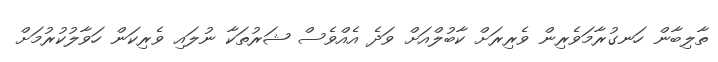
ތާލިބާން ހަނގުރާމަވެރިން ވެރިރަށް ކާބުލްއަށް ވަދެ އެއްވެސް ޝަރުތަކާ ނުލައި ވެރިކަން ހަވާލުކުރުމަށް